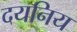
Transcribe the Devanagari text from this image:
दयनिय